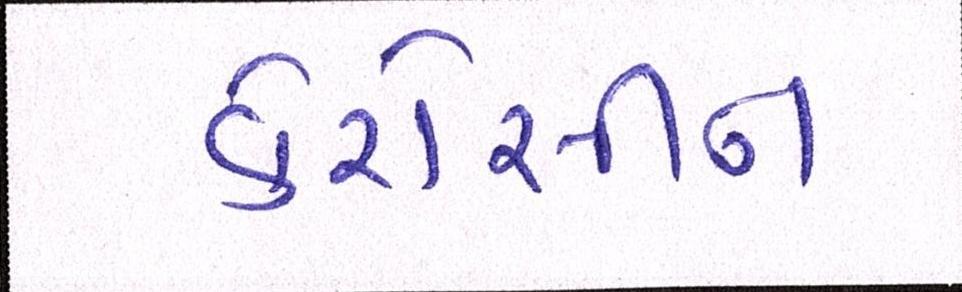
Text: કેરોસીન